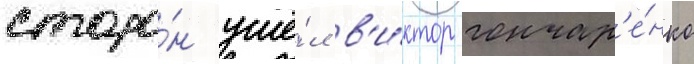
сторо́н ушё́л в'и́ктор гончар'е́нко